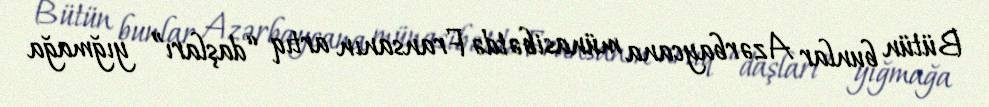
Bütün bunlar Azərbaycana münasibətdə Fransanın artıq “daşları” yığmağa